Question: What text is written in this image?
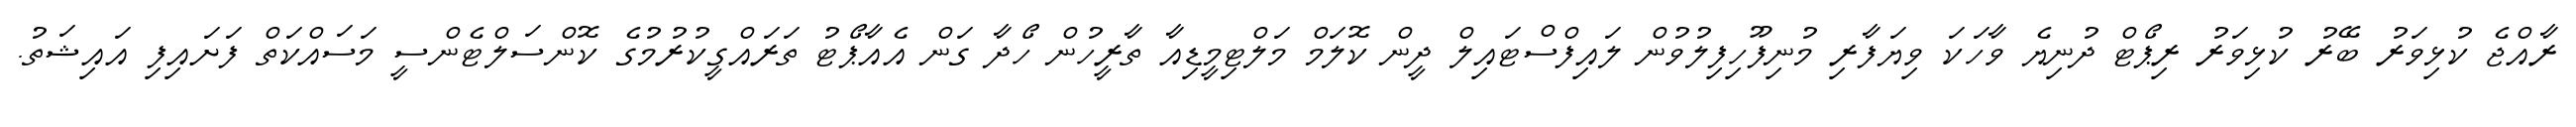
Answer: ރާއްޖެ ކުޅިވަރު ބޭރު ކުޅިވަރު ރިޕޯޓް ދުނިޔެ ވާހަކަ ވިޔަފާރި މުނިފޫހިފިލުވުން ލައިފްސްޓައިލް ދީން ކޮލަމް މަލްޓިމީޑިއާ ތާރީހުން ހޯދާ ގަން އެއާޕޯޓު ތަރައްގީކުރުމުގެ ކޮންސަލްޓެންސީ މަސައްކަތް ފަށައިފި އައިޝަތު.